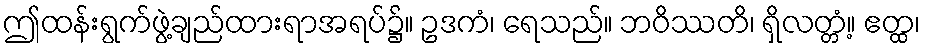
ဤထန်းရွက်ဖွဲ့ချည်ထားရာအရပ်၌။ ဥဒကံ၊ ရေသည်။ ဘဝိဿတိ၊ ရှိလတ္တံ့။ ဧတ္ထ၊